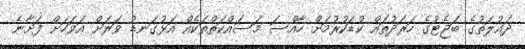
ދައުލަތުގެ ބަޖެޓުގެ ހަރަދުތައް ކުޑަކުރުމަށް ހާއްސަ މަސައްކަތްތަކެއް އަޅުގަނޑު ވަރަށް އަވަހަށް ފަށާނެ